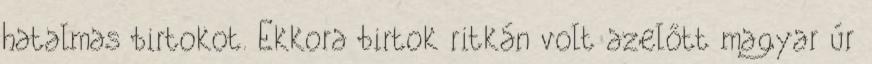
hatalmas birtokot. Ekkora birtok ritkán volt azelőtt magyar úr